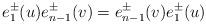
LaTeX: \begin{align*}e_{1}^{\pm}(u)e_{n-1}^{\pm}(v)=e_{n-1}^{\pm}(v)e_{1}^{\pm}(u)\end{align*}